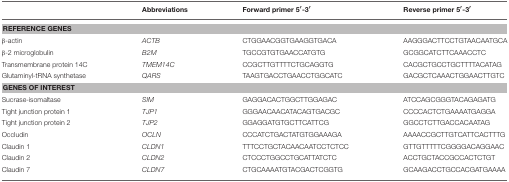
|  | Abbreviations | Forward primer 5′−3′ | Reverse primer 5′−3′ |
 | --- | --- | --- | --- |
 | <COLSPAN=4> REFERENCE GENES |
 | β-actin | ACTB | CTGGAACGGTGAAGGTGACA | AAGGGACTTCCTGTAACAATGCA |
 | β-2 microglobulin | B2M | TGCCGTGTGAACCATGTG | GCGGCATCTTCAAACCTC |
 | Transmembrane protein 14C | TMEM14C | CCGCTTGTTTTCTGCAGGTG | CACGCTGCCTGCTTTTACATAG |
 | Glutaminyl-tRNA synthetase | QARS | TAAGTGACCTGAACCTGGCATC | GACGCTCAAACTGGAACTTGTC |
 | <COLSPAN=4> GENES OF INTEREST |
 | Sucrase-isomaltase | SIM | GAGGACACTGGCTTGGAGAC | ATCCAGCGGGTACAGAGATG |
 | Tight junction protein 1 | TJP1 | GGGAACAACATACAGTGACGC | CCCCACTCTGAAAATGAGGA |
 | Tight junction protein 2 | TJP2 | GGAGGATGTGCTTCATTCG | GGCCTCTTGACCACAATAG |
 | Occludin | OCLN | CCCATCTGACTATGTGGAAAGA | AAAACCGCTTGTCATTCACTTTG |
 | Claudin 1 | CLDN1 | TTTCCTGCTACAACAATCCTCTCC | GTTGTTTTTCGGGGACAGGAAC |
 | Claudin 2 | CLDN2 | CTCCCTGGCCTGCATTATCTC | ACCTGCTACCGCCACTCTGT |
 | Claudin 7 | CLDN7 | CTGCAAAATGTACGACTCGGTG | GCAAGACCTGCCACGATGAAAA |